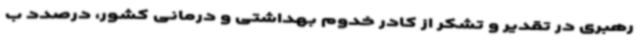
رهبری در تقدیر و تشکر از کادر خدوم بهداشتی و درمانی کشور، درصدد ب